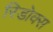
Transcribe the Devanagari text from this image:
रिडोक्स